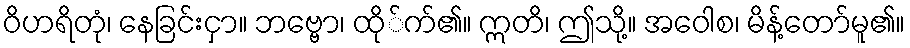
ဝိဟရိတုံ၊ နေခြင်းငှာ။ ဘဗ္ဗော၊ ထို်က်၏။ ဣတိ၊ ဤသို့။ အဝေါစ၊ မိန့်တော်မူ၏။